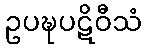
ဥပဍ္ဎပဋိဝီသံ